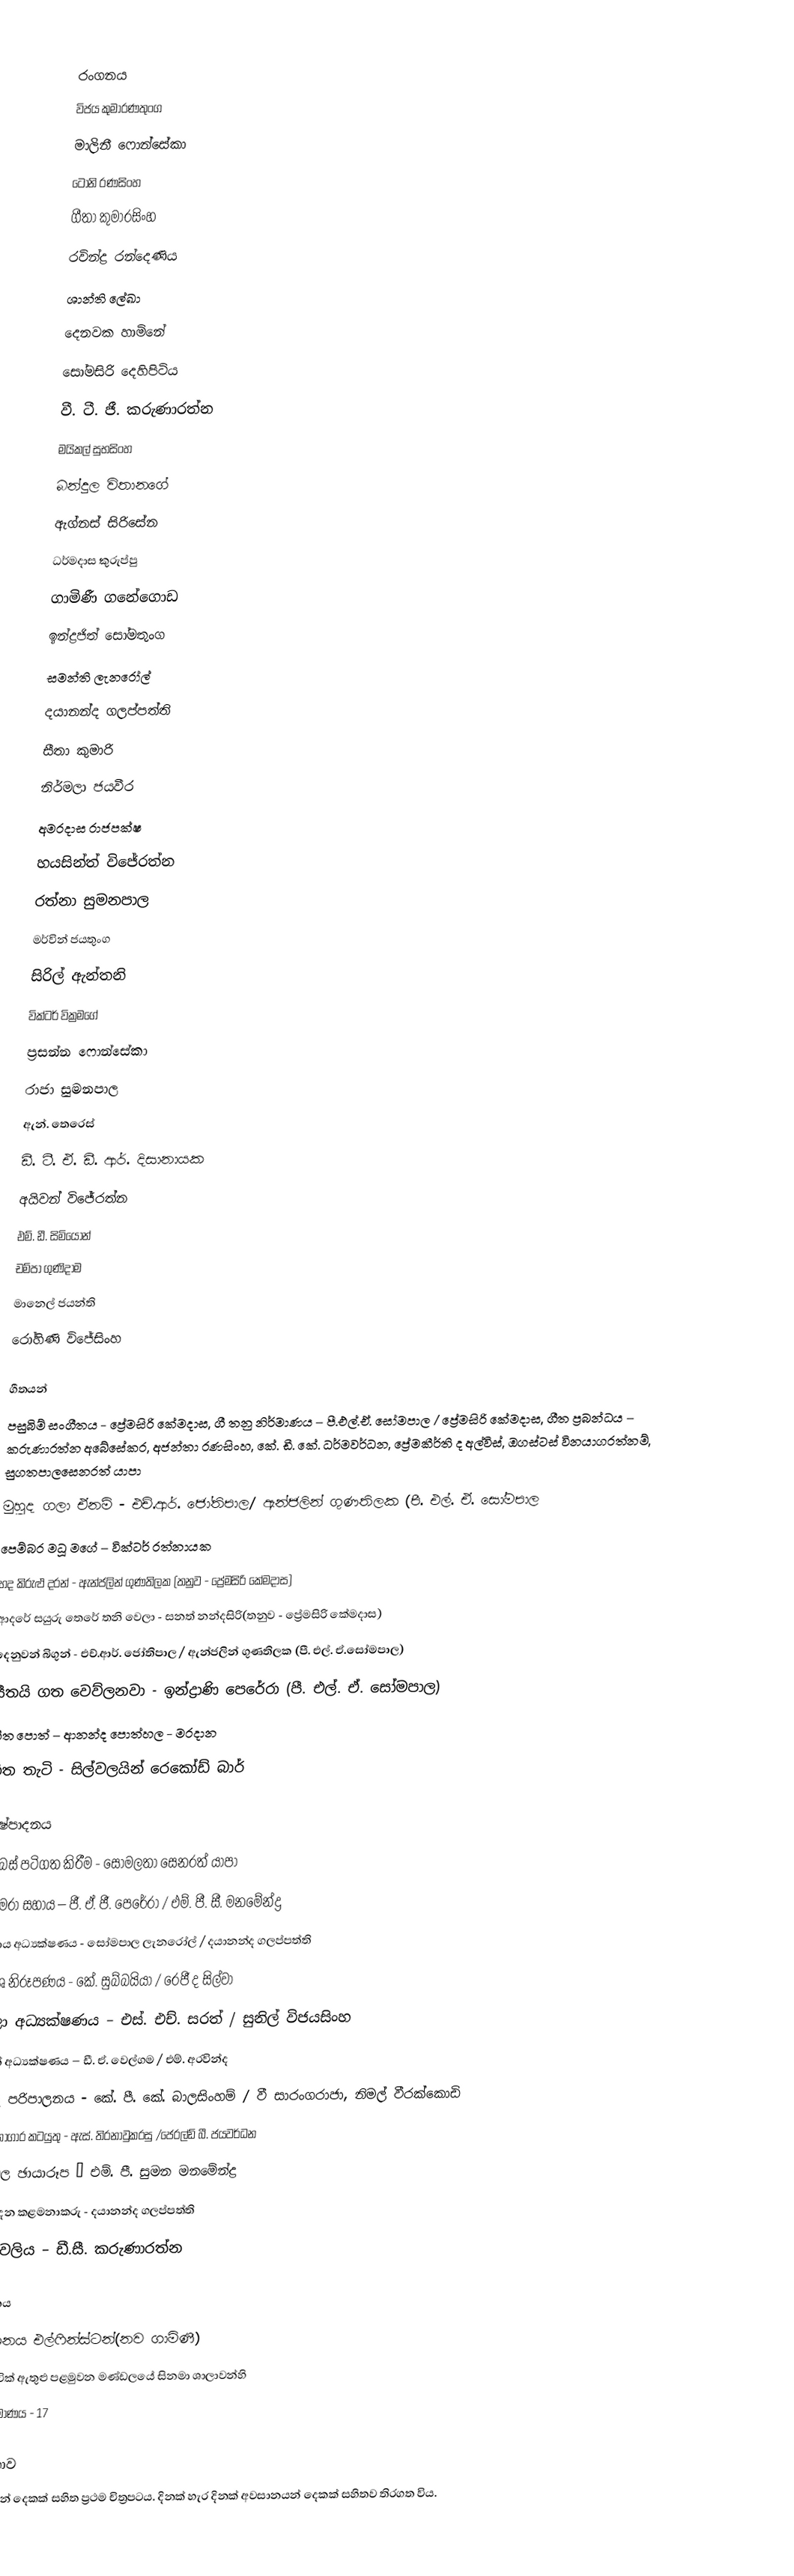

රංගනය
විජය කුමාරණතුංග
මාලිනී ෆොන්සේකා
ටෝනි රණසිංහ
ගීතා කුමාරසිංහ
රවින්ද්‍ර රන්දෙණිය
ශාන්ති ලේඛා
දෙනවක හාමිනේ
සෝමසිරි දෙහිපිටිය
වී. ටී. ජී. කරුණාරත්න
මයිකල් සුභසිංහ
බන්දුල විතානගේ
ඇග්නස් සිරිසේන
ධර්මදාස කුරුප්පු
ගාමිණී ගනේගොඩ
ඉන්ද්‍රජිත් සෝමතුංග
සමන්ති ලැනරෝල්
දයානන්ද ගලප්පත්ති
සීතා කුමාරි
නිර්මලා ජයවීර
අමරදාස රාජපක්ෂ
හයසින්ත් විජේරත්න
රත්නා සුමනපාල
මර්වින් ජයතුංග
සිරිල් ඇන්තනි
වික්ටර් වික්‍රමගේ
ප්‍රසන්න ෆොන්සේකා
රාජා සුමනපාල
ඇන්. තෙරෙස්
ඩී. ටී. ඒ. ඩී. ආර්. දිසානායක
අයිවන් විජේරත්න
එම්. ඩී. සිමියොන්
චම්පා ගුණිදාම
මානෙල් ජයන්ති
රෝහිණි විජේසිංහ

ගීතයන්
පසුබිම් සංගීතය - ප්‍රේමසිරි කේමදාස, ගී තනු නිර්මාණය – පී.එල්.ඒ. සෝමපාල / ප්‍රේමසිරි කේමදාස, ගීත ප්‍රබන්ධය – කරුණාරත්න අබේසේකර, අජන්තා රණසිංහ, කේ. ඩී. කේ. ධර්මවර්ධන, ප්‍රේමකීර්ති ද අල්විස්, ඔගස්ටස් විනයාගරත්නම්, සුගතපාලසෙනරත් යාපා
මුහුද ගලා ඒනම් - එච්.ආර්. ජෝතිපාල/ ඇන්ජලින් ගුණතිලක (පී. එල්. ඒ. සෝමපාල
පෙම්බර මධූ මගේ – වික්ටර් රත්නායක
හද කිරුළු දරන් - ඇන්ජලින් ගුණතිලක (තනුව - ප්‍රේමසිරි කේමදාස)
ආදරේ සයුරු තෙරේ තනි වෙලා - සනත් නන්දසිරි(තනුව - ප්‍රේමසිරි කේමදාස)
දෙනුවන් බිගුන් - එච්.ආර්. ජෝතිපාල / ඇන්ජලින් ගුණතිලක  (පී. එල්. ඒ.සෝමපාල)
සීතයි ගත වෙව්ලනවා - ඉන්ද්‍රාණි පෙරේරා (පී. එල්. ඒ. සෝමපාල)
ගීත පොත් – ආනන්ද පොත්හල - මරදාන
ගීත තැටි - සිල්වලයින් රෙකෝඩ් බාර්

නිෂ්පාදනය
දෙබස් පටිගත කිරීම - සෝමලතා සෙනරත් යාපා
කැමරා සහාය – ජී. ඒ. ජී. පෙරේරා / එම්. පී. සී. මනමේන්ද්‍ර
සහාය අධ්‍යක්ෂණය - සෝමපාල ලැනරෝල් / දයානන්ද ගලප්පත්ති
වේශ නිරූපණය - කේ. සුබ්බයියා / රෙජී ද සිල්වා
කලා අධ්‍යක්ෂණය – එස්. එච්. සරත් / සුනිල් විජයසිංහ
සටන් අධ්‍යක්ෂණය – ඩී. ඒ. වෙල්ගම / එම්. අරවින්ද
ශබ්ද පරිපාලනය - කේ. පී. කේ. බාලසිංහම් / වී සාරංගරාජා, නිමල් වීරක්කොඩි
රසායනාගාර කටයුතු - ඇස්. තිරනාවුකරසු /ජෙරල්ඩ් බී. ජයවර්ධන
නිශ්චල ඡායාරූප – එම්. පී. සුමන මනමේන්ද්‍ර
නිෂ්පාදන කළමනාකරු - දයානන්ද ගලප්පත්ති
නාමාවලිය – ඩී.සී. කරුණාරත්න

ප්‍රදර්ශනය
ප්‍රදර්ශනය එල්ෆින්ස්ටන්(නව ගාමිණී)
මැජෙස්ටික් ඇතුළු පළමුවන මණ්ඩලයේ සිනමා ශාලාවන්හි
පිටපත් ප්‍රමාණය - 17

විශේෂතාව
අවසානයන් දෙකක් සහිත ප්‍රථම චිත්‍රපටය. දිනක් හැර දිනක් අවසානයන් දෙකක් සහිතව තිරගත විය.